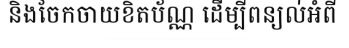
និងចែកចាយខិតប័ណ្ណ ដើម្បីពន្យល់អំពី